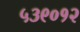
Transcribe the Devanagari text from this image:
५३९०१२